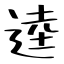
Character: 逵